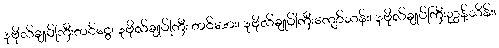
ဒုဗိုလ်ချုပ်ကြီးတင်ငွေ၊ ဒုဗိုလ်ချုပ်ကြီး တင်အေး၊ ဒုဗိုလ်ချုပ်ကြီးကျော်သန်း၊ ဒုဗိုလ်ချုပ်ကြီးညွန့်သိန်း၊